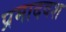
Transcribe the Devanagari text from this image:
प्रमादवश